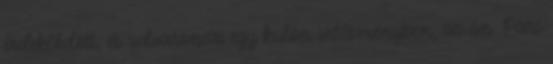
érdeklődött, és udvaroncai egy külön intézményben, az ún. Parc